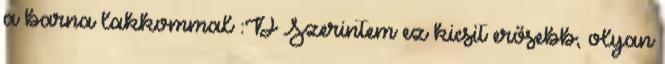
a barna lakkommal :D Szerintem ez kicsit erősebb, olyan